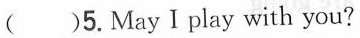
()5.May I play with you?